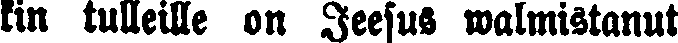
kin tulleille on Jeesus walmistanut